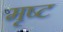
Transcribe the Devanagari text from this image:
मृष्ट